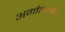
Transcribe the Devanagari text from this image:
अमांतकाल